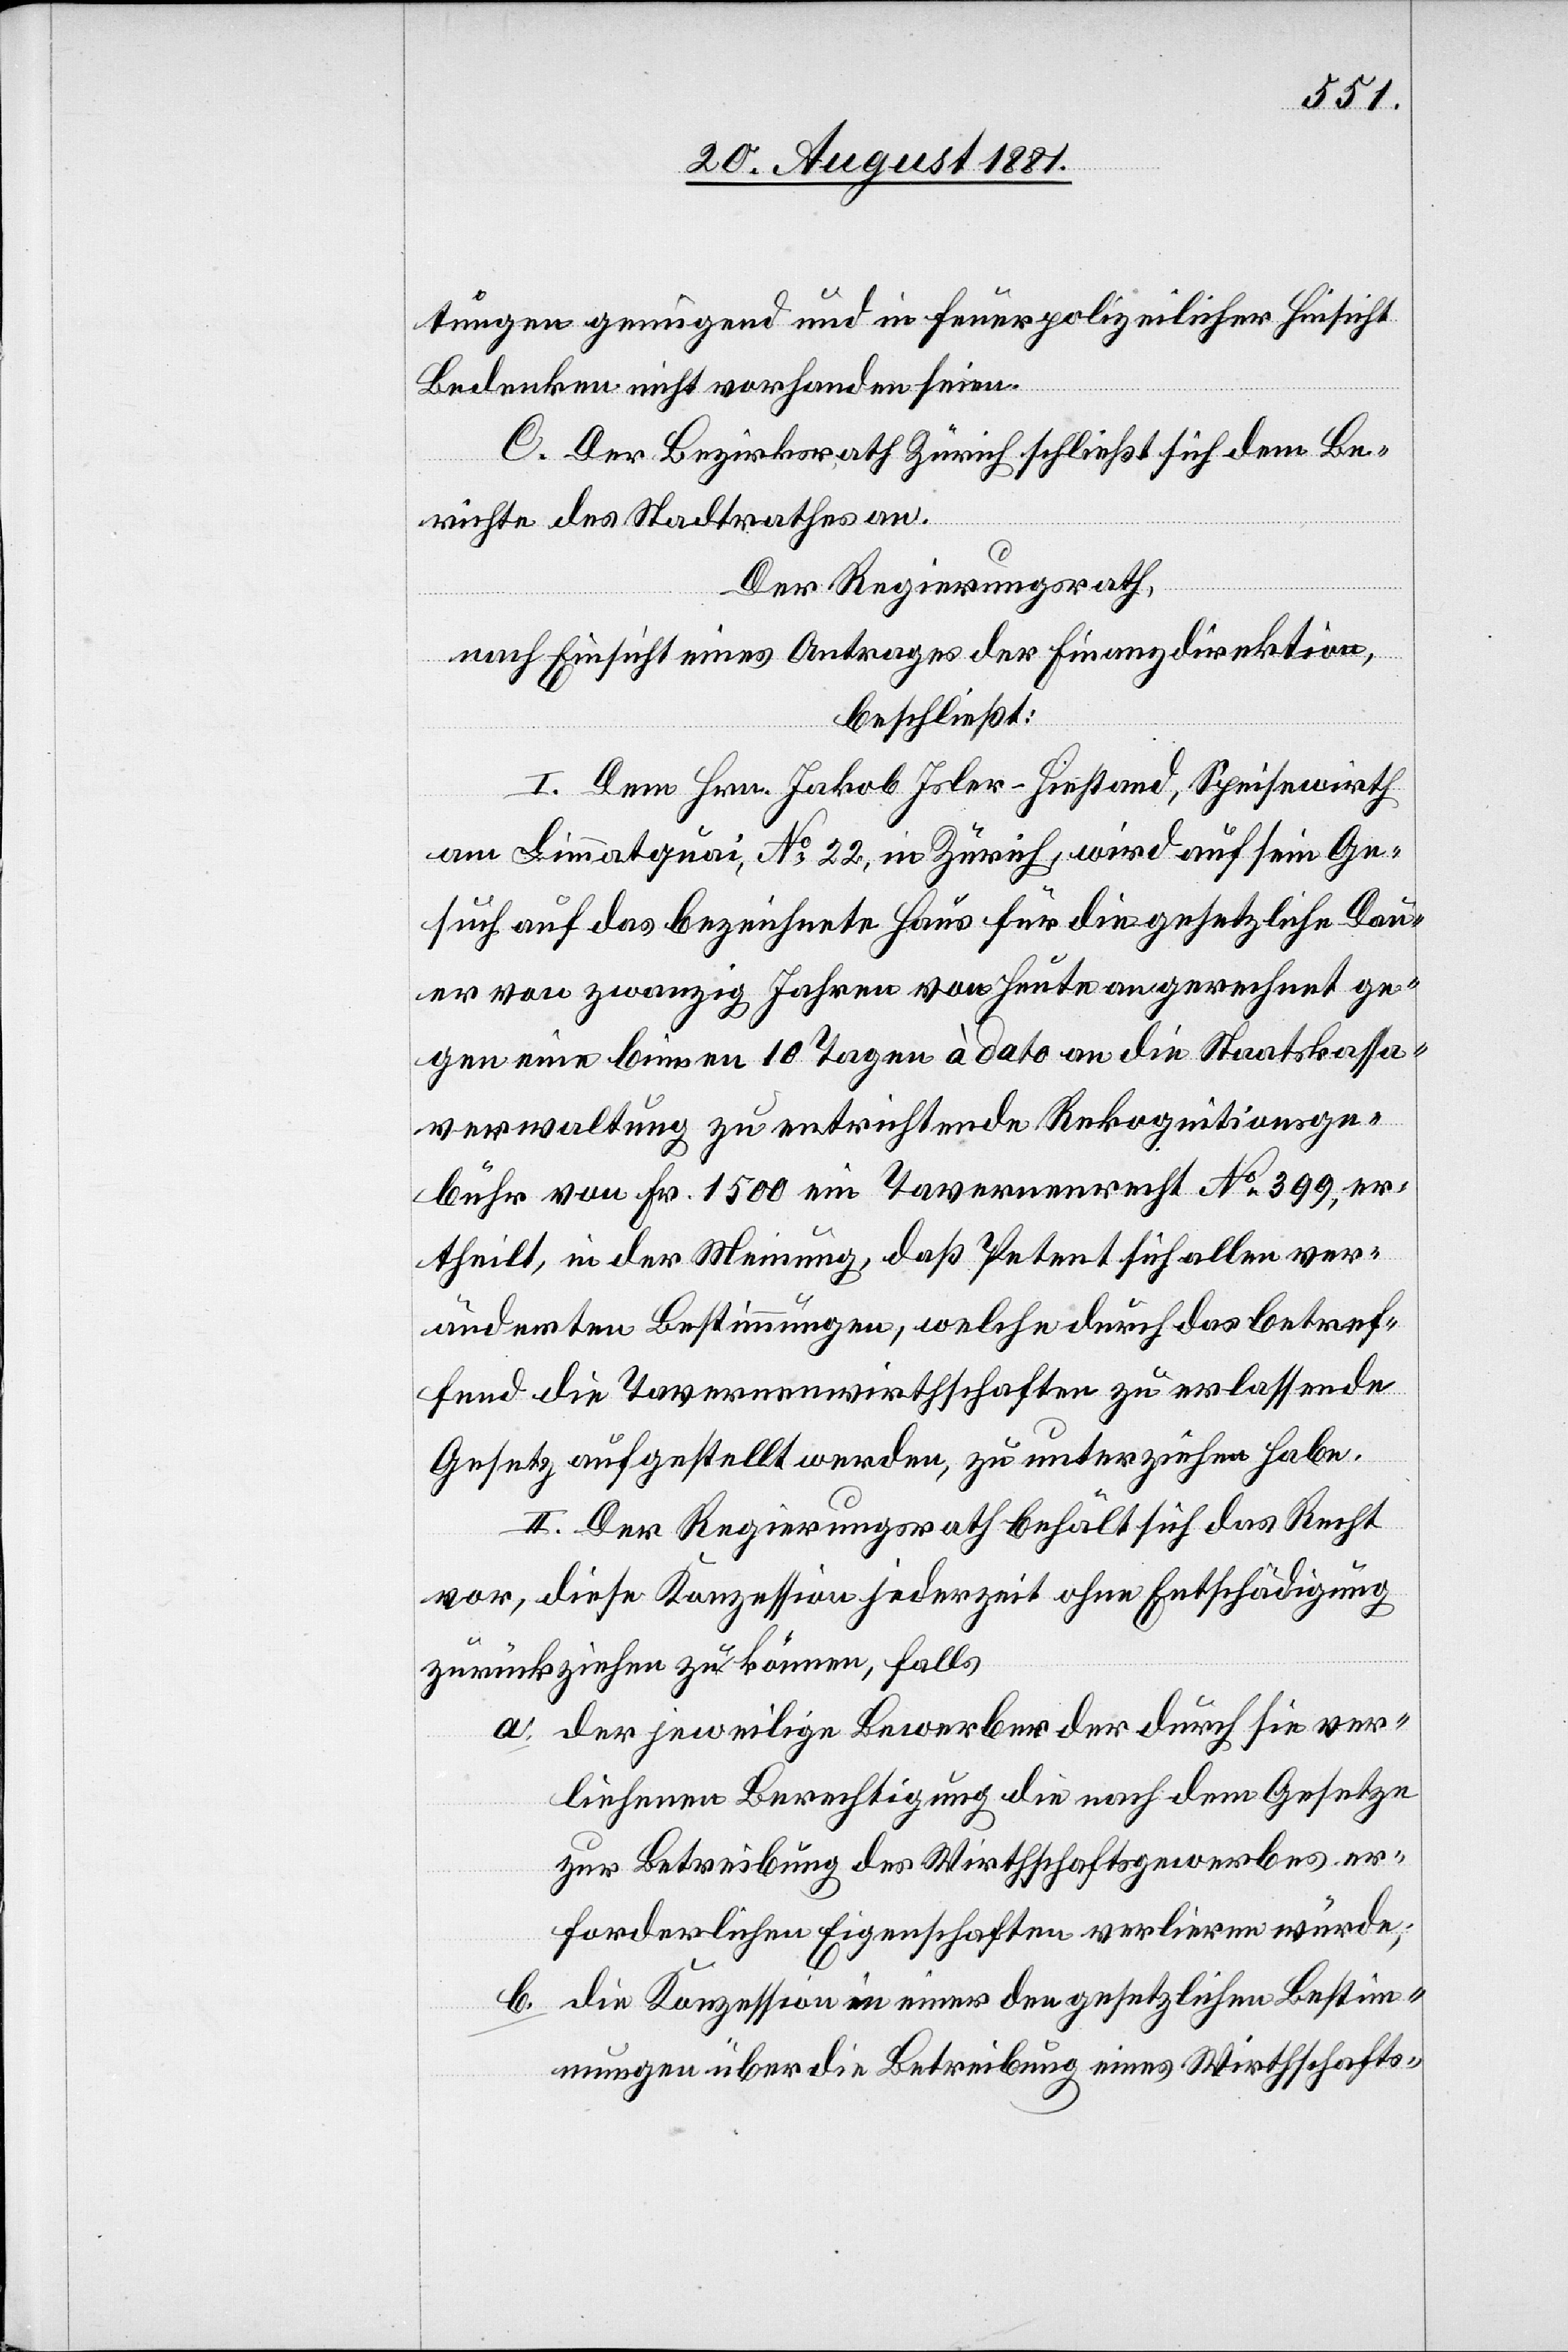
tungen genügend und in feuerpolizeilicher Hinsicht
Bedenken nicht vorhanden seien.
C. Der Bezirksrath Zürich schließt sich dem Be¬
richte des Stadtrathes an.
Der Regierungsrath,
nach Einsicht eines Antrages der Finanzdirektion,
beschließt:
I. Dem Hrn. Jakob Isler-Hiestand, Speisewirth
am Limmatquai, No 22, in Zürich, wird auf sein Ge¬
such auf das bezeichnete Haus für die gesetzliche Dau¬
er von zwanzig Jahren von heute an gerechnet ge¬
gen eine binnen 10 Tagen à dato an die Staatskassa¬
verwaltung zu entrichtende Rekognitionsge¬
bühr von Fr. 1500 ein Tavernenrecht No 399, er¬
theilt, in der Meinung, daß Petent sich allen ver¬
änderten Bestimmungen, welche durch das betref¬
fend die Tavernenwirthschaften zu erlassende
Gesetz aufgestellt werden, zu unterziehen habe.
II. Der Regierungsrath, behält sich das Recht
vor, diese Konzession jederzeit ohne Entschädigung
zurückziehen zu können, falls
a. der jeweilige Bewerber der durch sie ver¬
liehenen Berechtigung die nach dem Gesetzt
zur Betreibung des Wirthschaftsgewerbes er¬
forderlichen Eigenschaften verlieren würde;
b. die Konzession in einer den gesetzlichen Bestim¬
mungen über die Betreibung eines Wirthschafts-